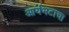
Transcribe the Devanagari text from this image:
आर्यभटाचा